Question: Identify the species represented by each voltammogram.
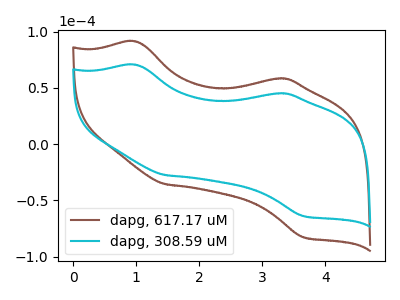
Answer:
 <answer>The brown curve is labeled "dapg, 617.17 uM". The cyan curve is labeled "dapg, 308.59 uM".</answer>
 <eval></eval>